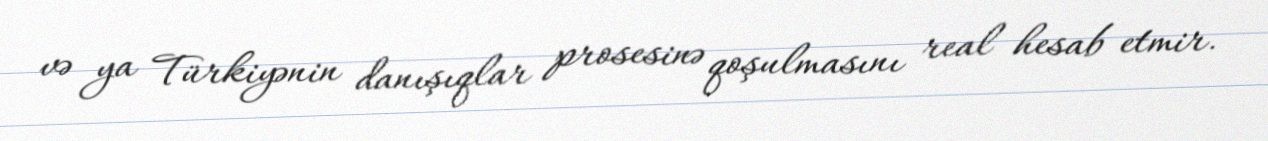
və ya Türkiyənin danışıqlar prosesinə qoşulmasını real hesab etmir.